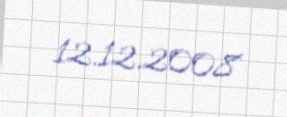
12.12.2008